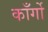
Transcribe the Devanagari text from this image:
काँर्गो